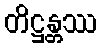
တိဋ္ဌန္တဿ